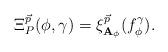
LaTeX: \begin{align*}\Xi_{P}^{\vec{p}}(\phi,\gamma)=\xi_{\mathbf{A}_{\phi}}^{\vec{p}}(f_{\phi}^{\gamma}).\end{align*}